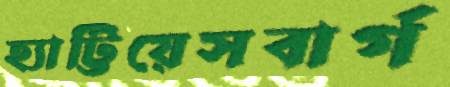
হ্যাট্টিয়েসবার্গ